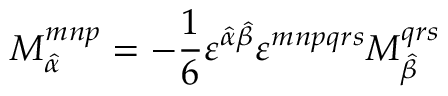
M _ { \hat { \alpha } } ^ { m n p } = - \frac { 1 } { 6 } \varepsilon ^ { \hat { \alpha } \hat { \beta } } \varepsilon ^ { m n p q r s } M _ { \hat { \beta } } ^ { q r s }